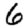
Digit: 6